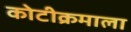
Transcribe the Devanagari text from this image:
कोटीक्रमाला